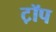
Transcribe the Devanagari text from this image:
ट़ॉप